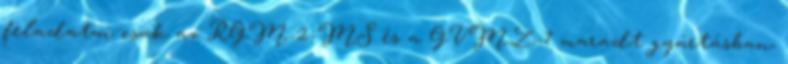
feladatai csak az RGM-2-MS és a GVMZ-7 maradt gyártásban,